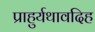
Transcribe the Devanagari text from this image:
प्राहुर्यथावदिह